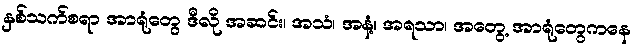
နှစ်သက်စရာ အာရုံတွေ ဒီလို အဆင်း၊ အသံ၊ အနံ့၊ အရသာ၊ အတွေ့ အာရုံတွေကနေ